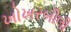
ખોખરબીલી